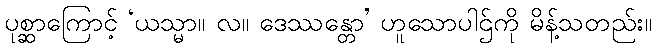
ပုစ္ဆာကြောင့် ‘ယသ္မာ။ လ။ ဒေဿန္တော’ ဟူသောပါဌ်ကို မိန့်သတည်း။